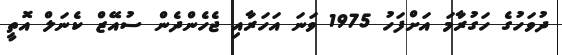
ދުވަހުގެ ހަގުރާމަ އަށްފަހު 1975 ވަނަ އަހަރާއި ޖެހެންދެން ސުއޭޒް ކެނަލް އޮތީ